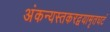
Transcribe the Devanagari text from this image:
अंकन्यस्तकरद्वयामृतघटं